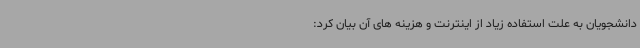
دانشجویان به علت استفاده زیاد از اینترنت و هزینه های آن بیان کرد: